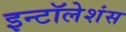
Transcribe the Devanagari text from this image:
इन्टॉलेशंस